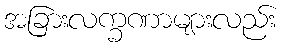
အခြားလက္ခဏာများလည်း